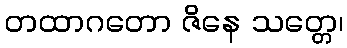
တထာဂတော ဇိနေ သတ္တေ၊